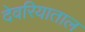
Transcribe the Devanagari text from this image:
देवरियाताल